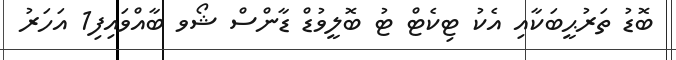
ބޮޑު ތަރުޙީބަކާއި އެކު ޓިކެޓް ޓު ބޮލީވުޑް ޑާންސް ޝޯވ ބާއްވައިފި1 އަހަރު